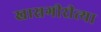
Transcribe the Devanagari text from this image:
खासगीरीत्या